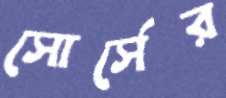
সোর্সের